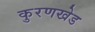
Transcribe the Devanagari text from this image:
कुरणखेड